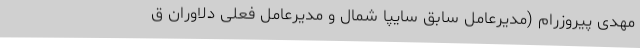
مهدی پیروزرام (مدیرعامل سابق سایپا شمال و مدیرعامل فعلی دلاوران ق